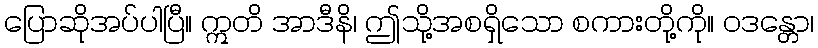
ပြောဆိုအပ်ပါပြီ။ ဣတိ အာဒီနိ၊ ဤသို့အစရှိသော စကားတို့ကို။ ဝဒန္တော၊